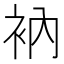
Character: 衲